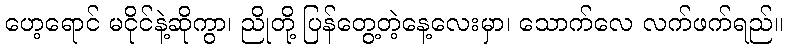
ဟေ့ရောင် မငိုင်နဲ့ဆိုကွာ၊ ညိုတို့ ပြန်တွေ့တဲ့နေ့လေးမှာ၊ သောက်လေ လက်ဖက်ရည်။